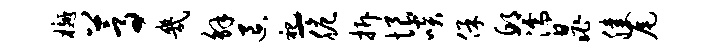
樾蒿几解退祀-脆拆恨啖保邱濡晁膝尾